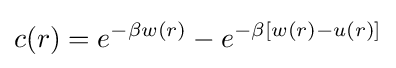
c(r)=e^{-\beta w(r)}-e^{-\beta [w(r)-u(r)]}